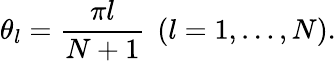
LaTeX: \theta_{l}=\frac{\pi l}{N+1}~\left(l=1,\dots,N\right).